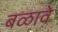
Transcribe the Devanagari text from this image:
बळावे